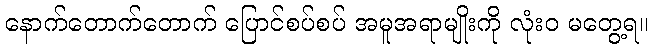
နောက်တောက်တောက် ပြောင်စပ်စပ် အမူအရာမျိုးကို လုံးဝ မတွေ့ရ။